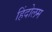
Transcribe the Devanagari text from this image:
हिंदोलम